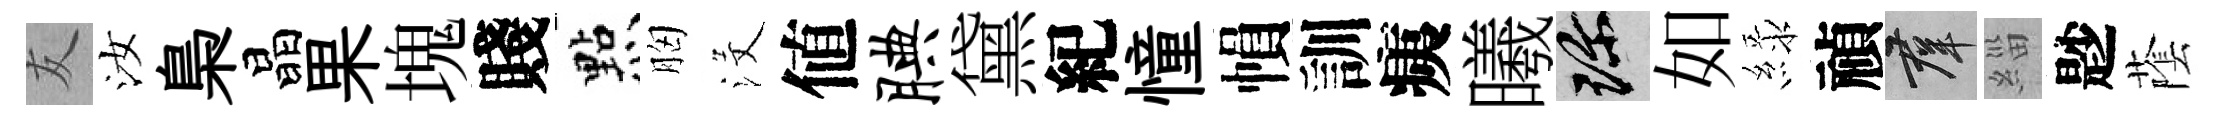
友汝梟晶果塊賤㸃胸沒値腆黛紀憧𢄙訓痍曦珍如緑禎群緇尟䕃